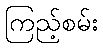
ကြည့်စမ်း